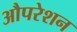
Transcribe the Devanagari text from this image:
औपरेशन